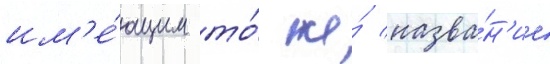
им'е́ющим то́ же́ назва́н'ие